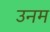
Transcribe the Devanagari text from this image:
उनम